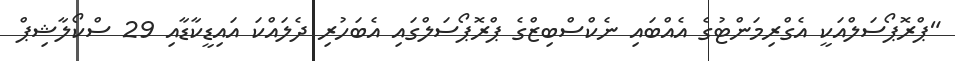
"ޕްރޮޕޯސަލްއަކީ އެގްރިމަންޓުގެ އެއްބައި ނެކްސްބިޒްގެ ޕްރޮޕޯސަލްގައި އެބަހުރި ދެލައްކަ އައިޑީކާޑާއި 29 ސްކޯލާޝިޕް